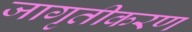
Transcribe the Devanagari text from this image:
जागृतीकरण